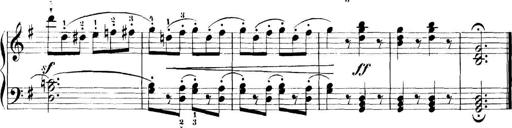
Title: 11 Sonatinas
Composer: Anton Diabelli